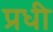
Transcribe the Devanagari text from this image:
प्रधी